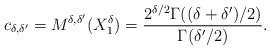
LaTeX: \begin{align*}c_{\delta,\delta'} = M^{\delta,\delta'}(X_1^\delta) = \frac{2^{\delta /2}\Gamma((\delta+\delta')/2)}{\Gamma(\delta'/2)}.\end{align*}